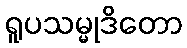
ရူပသမ္မုဒိတော